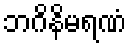
ဘဂိနိမရဏံ